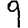
Digit: 9